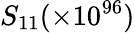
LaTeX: S_{11}(\times 10^{96})